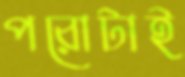
পরোটাই